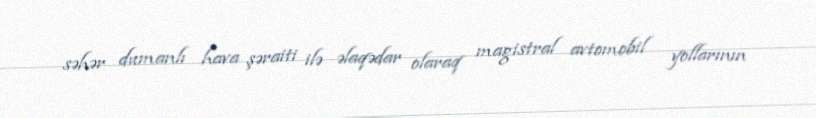
səhər dumanlı hava şəraiti ilə əlaqədar olaraq magistral avtomobil yollarının